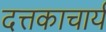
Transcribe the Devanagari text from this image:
दत्तकाचार्य